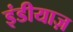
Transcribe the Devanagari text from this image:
इंडीयाज़